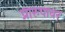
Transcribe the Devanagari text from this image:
प्रारुपावर